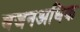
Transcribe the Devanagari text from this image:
वजनअधिक